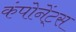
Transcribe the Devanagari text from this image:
कंपोनेंट्स